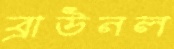
ব্রাউনল